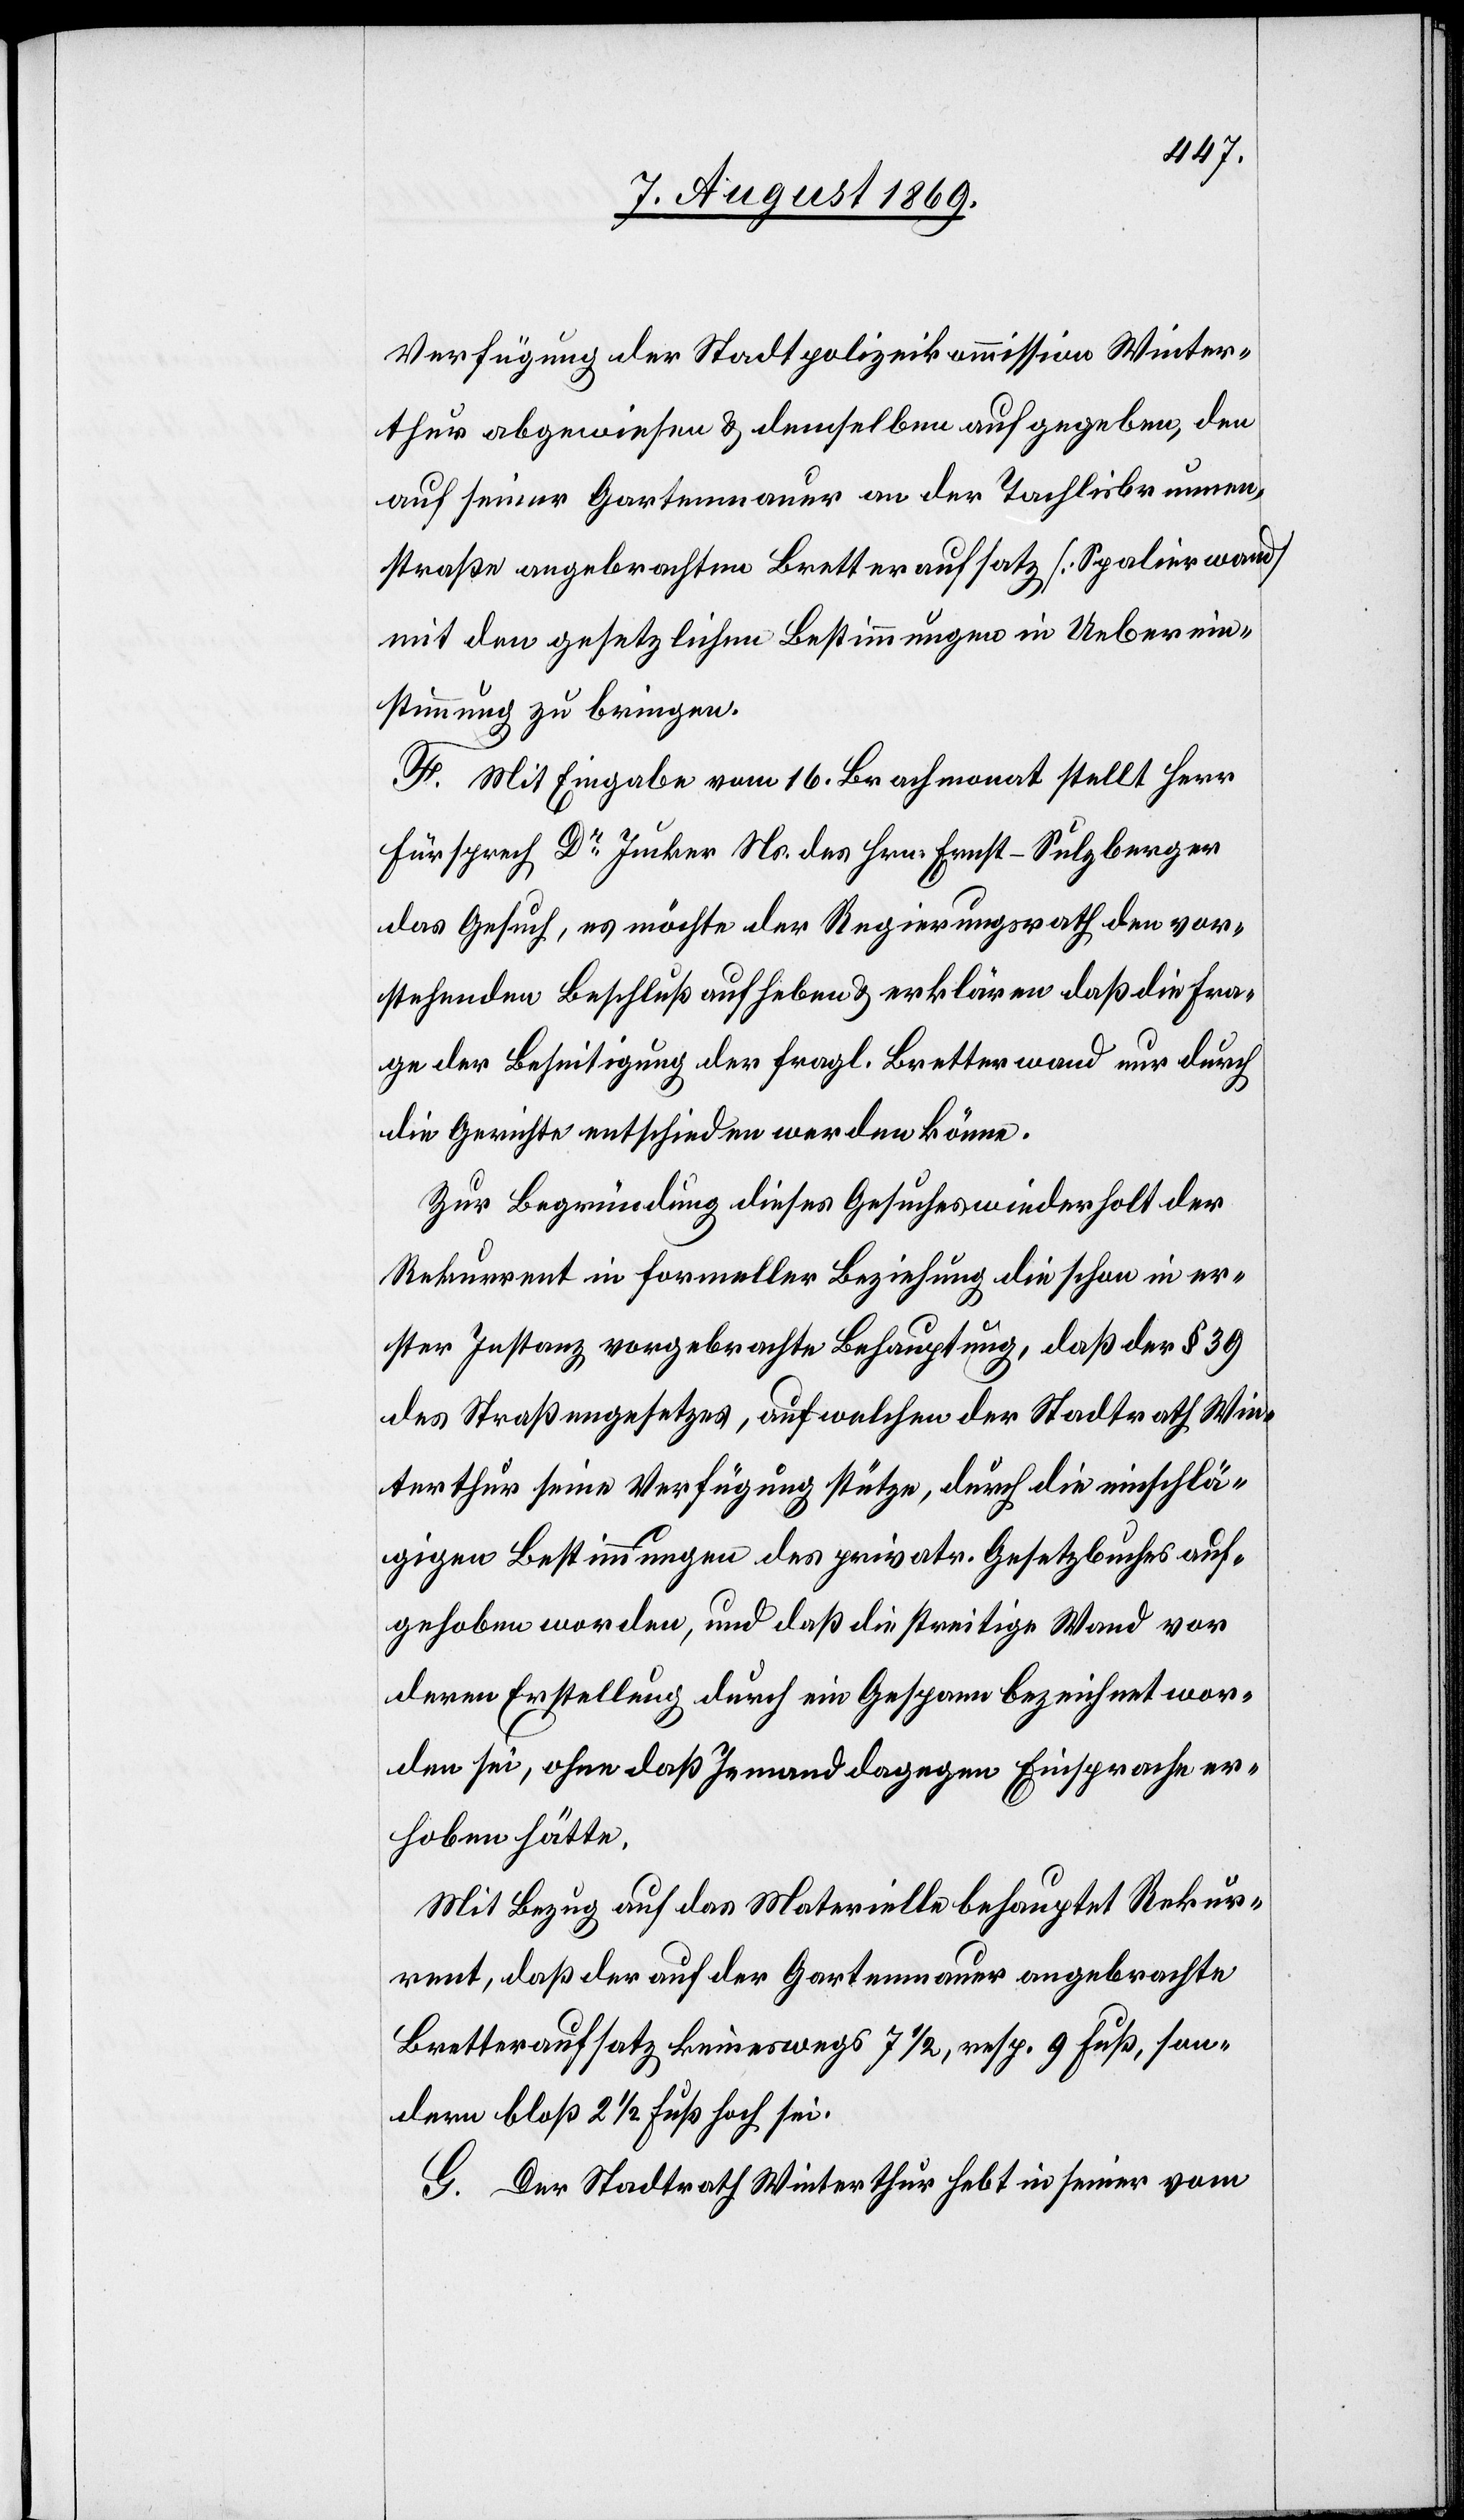
Verfügung der Stadtpolizeikommission Winter¬
thur abgewiesen & demselben aufgegeben, den
auf seiner Gartenmauer an der Tachlisbrunnen¬
straße angebrachten Bretteraufsatz [Spalirwand]
mit den gesetzlichen Bestimmungen in Ueberein¬
stimmung zu bringen.
F. Mit Eingabe vom 16 Brachmonat stellt Herr
Fürsprech Dr Junker Ns. des Hrn. Ernst-Sulzberger
das Gesuch, es möchte der Regierungsrath den vor¬
stehenden Beschluß aufheben & erklären daß die Fra¬
ge der Beseitigung der fragl. Bretterwand nur durch
die Gerichte entschieden werden könne.
Zur Begründung dieses Gesuches wiederholt der
Rekurrent in formeller Beziehung die schon in er¬
ster Instanz vorgebrachte Behauptung, daß der § 39
des Straßengesetzes, auf welchen der Stadtrath Win¬
terthur seine Verfügung stütze, durch die einschlä¬
gigen Bestimmungen des privatr. Gesetzbuchs auf¬
gehoben worden, und daß die streitige Wand vor
deren Erstellung durch ein Gespann bezeichnet wor¬
den sei, ohne daß Jemand dagegen Einsprache er¬
hoben hätte.
Mit Bezug auf das Materielle behauptet Rekur¬
rent, daß der auf der Gartenmauer angebrachte
Bretteraufsatz keineswegs 7 1/2, resp. 9 Fuß, son¬
dern bloß 2 1/2 Fuß hoch sei.
G. Der Stadtrath Winterthur hebt in seiner vom